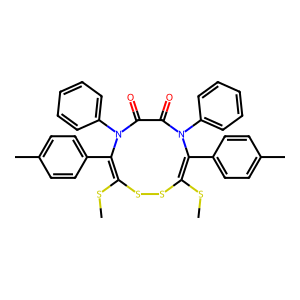
SMILES: CSC1=C(c2ccc(C)cc2)N(c2ccccc2)C(=O)C(=O)N(c2ccccc2)C(c2ccc(C)cc2)=C(SC)SS1
Inhibits HIV replication: No